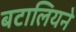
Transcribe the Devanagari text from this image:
बटालियने